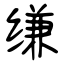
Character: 缣